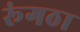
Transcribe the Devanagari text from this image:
रूंगठा